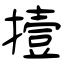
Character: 撎